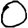
Digit: 0